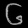
Digit: ၆